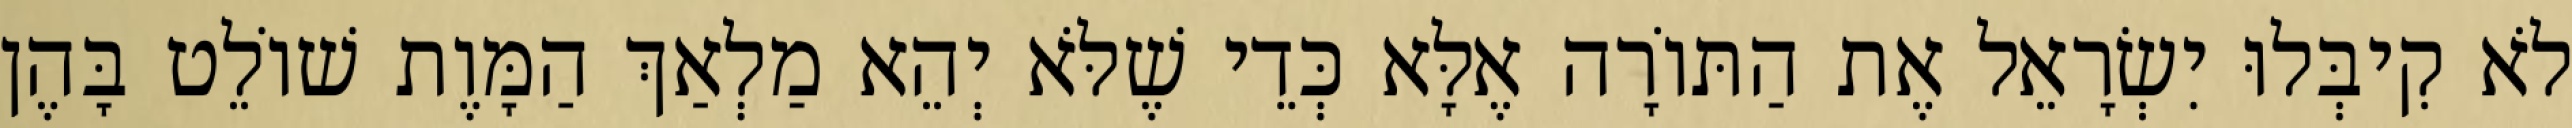
לֹא קִיבְּלוּ יִשְׂרָאֵל אֶת הַתּוֹרָה אֶלָּא כְּדֵי שֶׁלֹּא יְהֵא מַלְאַךְ הַמָּוֶת שׁוֹלֵט בָּהֶן